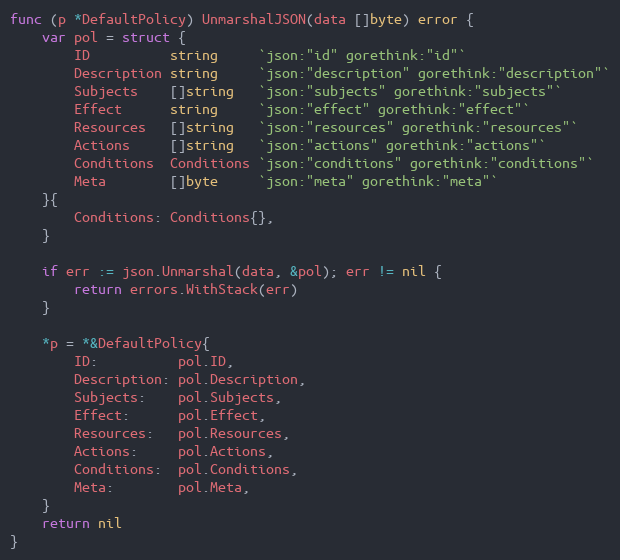
Language: Go
func (p *DefaultPolicy) UnmarshalJSON(data []byte) error {
	var pol = struct {
		ID          string     `json:"id" gorethink:"id"`
		Description string     `json:"description" gorethink:"description"`
		Subjects    []string   `json:"subjects" gorethink:"subjects"`
		Effect      string     `json:"effect" gorethink:"effect"`
		Resources   []string   `json:"resources" gorethink:"resources"`
		Actions     []string   `json:"actions" gorethink:"actions"`
		Conditions  Conditions `json:"conditions" gorethink:"conditions"`
		Meta        []byte     `json:"meta" gorethink:"meta"`
	}{
		Conditions: Conditions{},
	}

	if err := json.Unmarshal(data, &pol); err != nil {
		return errors.WithStack(err)
	}

	*p = *&DefaultPolicy{
		ID:          pol.ID,
		Description: pol.Description,
		Subjects:    pol.Subjects,
		Effect:      pol.Effect,
		Resources:   pol.Resources,
		Actions:     pol.Actions,
		Conditions:  pol.Conditions,
		Meta:        pol.Meta,
	}
	return nil
}